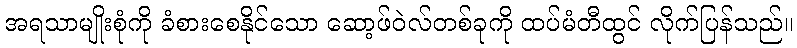
အရသာမျိုးစုံကို ခံစားစေနိုင်သော ဆော့ဖ်ဝဲလ်တစ်ခုကို ထပ်မံတီထွင် လိုက်ပြန်သည်။